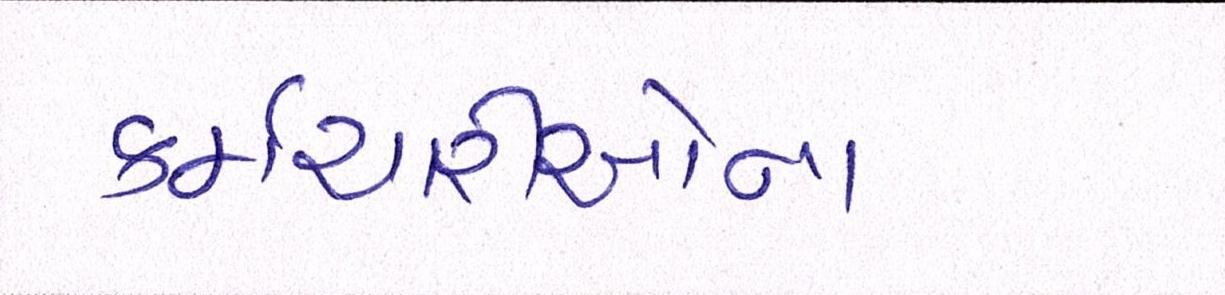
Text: કર્મચારીઓના